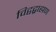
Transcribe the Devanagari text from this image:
विद्वद्ब्राह्मण